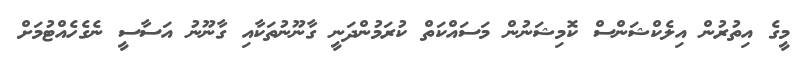
މީގެ އިތުރުން އިލެކްޝަންސް ކޮމިޝަނުން މަސައްކަތް ކުރަމުންދަނީ ގާނޫނުތަކާއި ގާނޫނު އަސާސީ ނެގެހެއްޓުމަށް